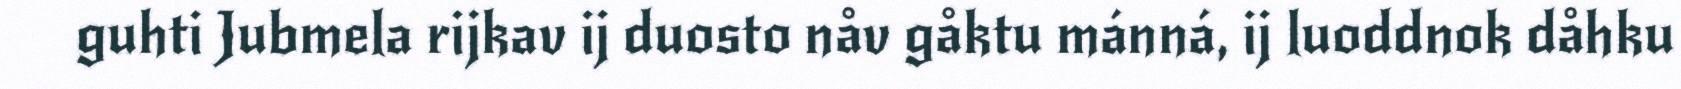
guhti Jubmela rijkav ij duosto nåv gåktu mánná, ij luoddnok dåhku